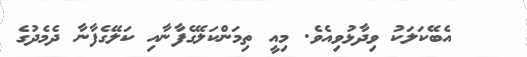
އެބޭކަލަކު ވިދާޅުވިއެވެ. މިއީ ތިމަންކަލޭގެފާނާއި ކަލޭގެފާނާ ދެމެދުގެ